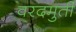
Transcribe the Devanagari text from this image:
वरदमुर्ती